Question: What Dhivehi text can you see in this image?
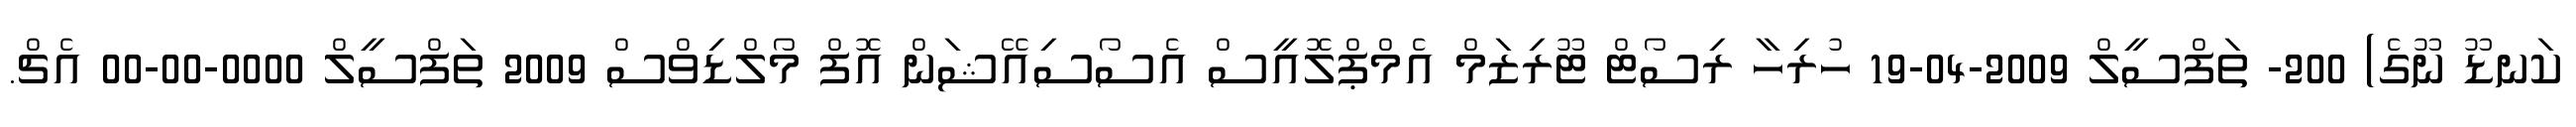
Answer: ކަނޑޫ ނޫގެ) 200- ތަފްސީލް 2009-04-19 ހުރިހާ ރިސޯޓް ޓޫރިޒަމް އެމްޕްލޮއީސް އެސޯސިއޭޝަން އޮފް މޯލްޑިވްސް 2009 ތަފްސީލް 0000-00-00 އެޗް.